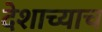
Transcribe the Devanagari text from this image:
देशाच्याच